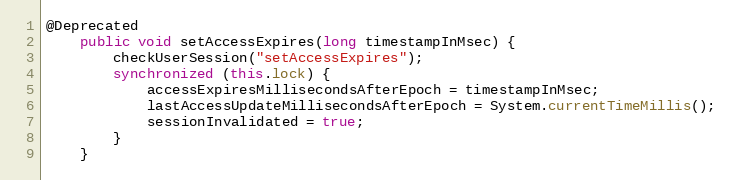
Language: Java
@Deprecated
    public void setAccessExpires(long timestampInMsec) {
        checkUserSession("setAccessExpires");
        synchronized (this.lock) {
            accessExpiresMillisecondsAfterEpoch = timestampInMsec;
            lastAccessUpdateMillisecondsAfterEpoch = System.currentTimeMillis();
            sessionInvalidated = true;
        }
    }